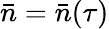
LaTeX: \bar{n}=\bar{n}(\tau)